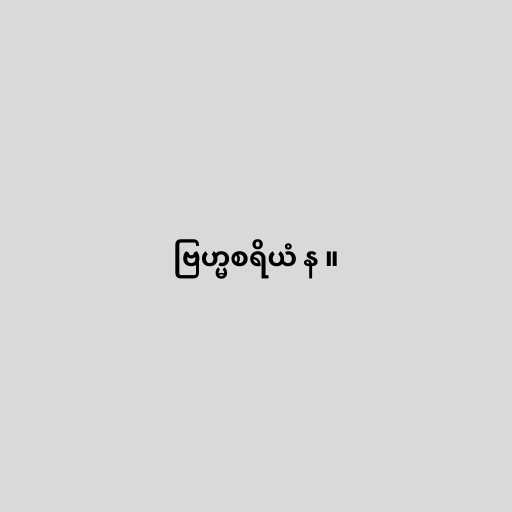
ဗြဟ္မစရိယံ န ။